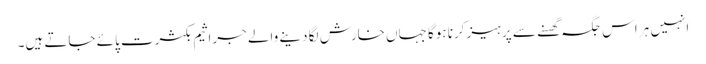
انہیں ہر اس جگہ گھسنے سے پرہیز کرنا ہوگا جہاں خارش لگا دینے والے جراثیم بکثرت پائے جاتے ہیں۔